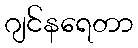
ဂျင်နရေတာ